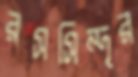
রসসিন্দূর